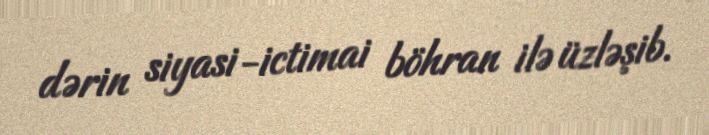
dərin siyasi-ictimai böhran ilə üzləşib.